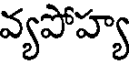
వ్యపోహ్య